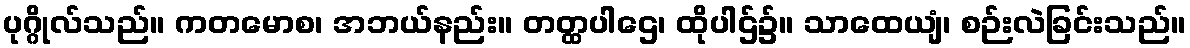
ပုဂ္ဂိုလ်သည်။ ကတမောစ၊ အဘယ်နည်း။ တတ္ထပါဌေ၊ ထိုပါဌ်၌။ သာထေယျံ၊ စဉ်းလဲခြင်းသည်။